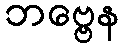
ဘဗ္ဗေန